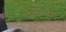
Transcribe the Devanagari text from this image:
कूर्मांच्या